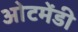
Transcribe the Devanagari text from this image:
ओटमेंडी